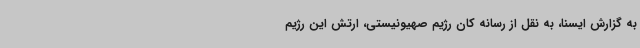
به گزارش ایسنا، به نقل از رسانه کان رژیم صهیونیستی، ارتش این رژیم